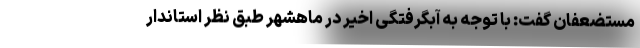
مستضعفان گفت: با توجه به آبگرفتگی اخیر در ماهشهر طبق نظر استاندار